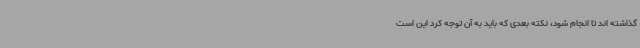
گذاشته اند تا انجام شود، نکته بعدی که باید به آن توجه کرد این است